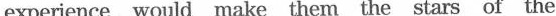
experience would make them the stars of the conversation.